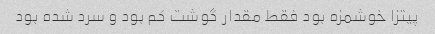
پیتزا خوشمزه بود فقط مقدار گوشت کم بود و سرد شده بود